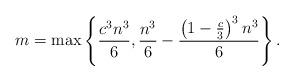
LaTeX: \begin{align*}m=\max\left\{\frac{c^3n^3}{6},\frac{n^3}{6}-\frac{\left(1-\frac{c}{3}\right)^3n^3}{6}\right\}.\end{align*}